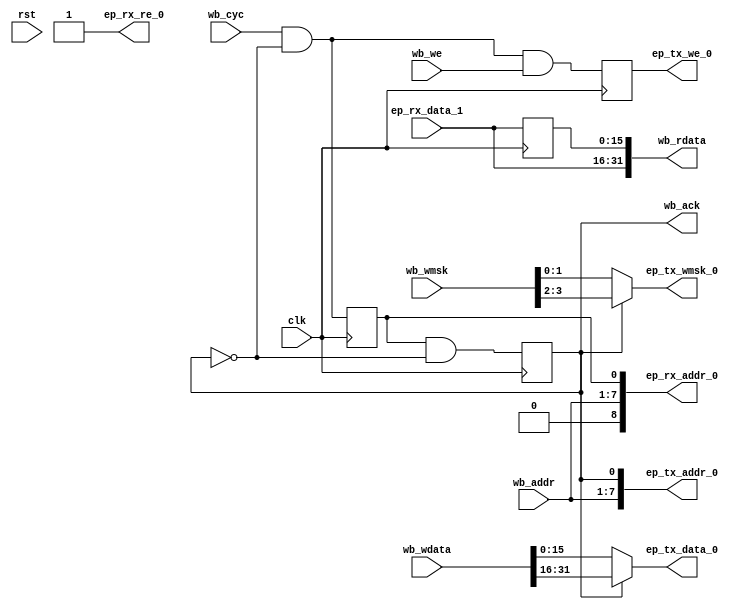
/*
 * wb_epbuf.v
 *
 * vim: ts=4 sw=4
 *
 * Bridge between 32b wishbone and the 16b EP buffer
 * interface.
 *
 * Copyright (C) 2021  Sylvain Munaut <tnt@246tNt.com>
 * SPDX-License-Identifier: CERN-OHL-P-2.0
 */

`default_nettype none

module wb_epbuf (
	// Wishbone
	input  wire  [6:0] wb_addr,
	output wire [31:0] wb_rdata,
	input  wire [31:0] wb_wdata,
	input  wire  [3:0] wb_wmsk,
	input  wire        wb_we,
	input  wire        wb_cyc,
	output wire        wb_ack,

	// EP buffer interface
	output wire [ 7:0] ep_tx_addr_0,
	output wire [15:0] ep_tx_data_0,
	output wire [ 1:0] ep_tx_wmsk_0,
	output wire        ep_tx_we_0,

	output wire  [8:0] ep_rx_addr_0,
	input  wire [15:0] ep_rx_data_1,
	output wire        ep_rx_re_0,

	// Clock
	input  wire        clk,
	input  wire        rst
);

	// Signals
	// -------

	reg         b_cyd;
	reg         b_ack;
	reg         b_we;

	reg  [15:0] ep_rx_data_lsb;


	// Control
	// -------

	always @(posedge clk)
	begin
		b_cyd <= wb_cyc & ~b_ack;
		b_we  <= wb_cyc & ~b_ack & wb_we;
		b_ack <=  b_cyd & ~b_ack;
	end

	assign wb_ack = b_ack;


	// TX Writes
	// ---------

	assign ep_tx_addr_0 = { wb_addr, b_ack };
	assign ep_tx_data_0 = b_ack ? wb_wdata[31:16] : wb_wdata[15:0];
	assign ep_tx_wmsk_0 = b_ack ? wb_wmsk [ 3: 2] : wb_wmsk [ 1:0];
	assign ep_tx_we_0   = b_we;


	// RX Reads
	// --------

	assign ep_rx_addr_0 = { wb_addr, b_cyd };
	assign ep_rx_re_0 = 1'b1;

	always @(posedge clk)
		ep_rx_data_lsb <= ep_rx_data_1;

	assign wb_rdata = { ep_rx_data_1, ep_rx_data_lsb };

endmodule // wb_epbuf